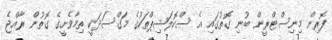
ފޮރިން މިނިސްޓްރީން ބުނި ގޮތުގައި އެ ސްކޮލަޝިޕްތަކުގެ މަގްސަދަކީ ތިމާވެށީގެ ގޮތުން ރާއްޖެ